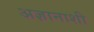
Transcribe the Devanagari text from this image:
अज्ञानाशी